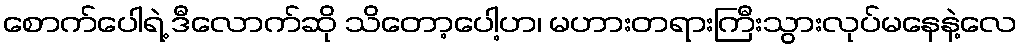
စောက်ပေါရဲ့ ဒီလောက်ဆို သိတော့ပေါ့ဟ၊ မဟားတရားကြီးသွားလုပ်မနေနဲ့လေ